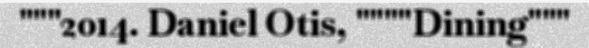
"""2014. Daniel Otis, """"Dining"""